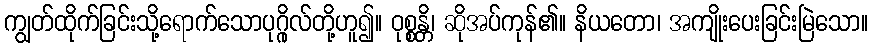
ကျွတ်ထိုက်ခြင်းသို့ရောက်သောပုဂ္ဂိုလ်တို့ဟူ၍။ ဝုစ္စန္တိ၊ ဆိုအပ်ကုန်၏။ နိယတော၊ အကျိုးပေးခြင်းမြဲသော။